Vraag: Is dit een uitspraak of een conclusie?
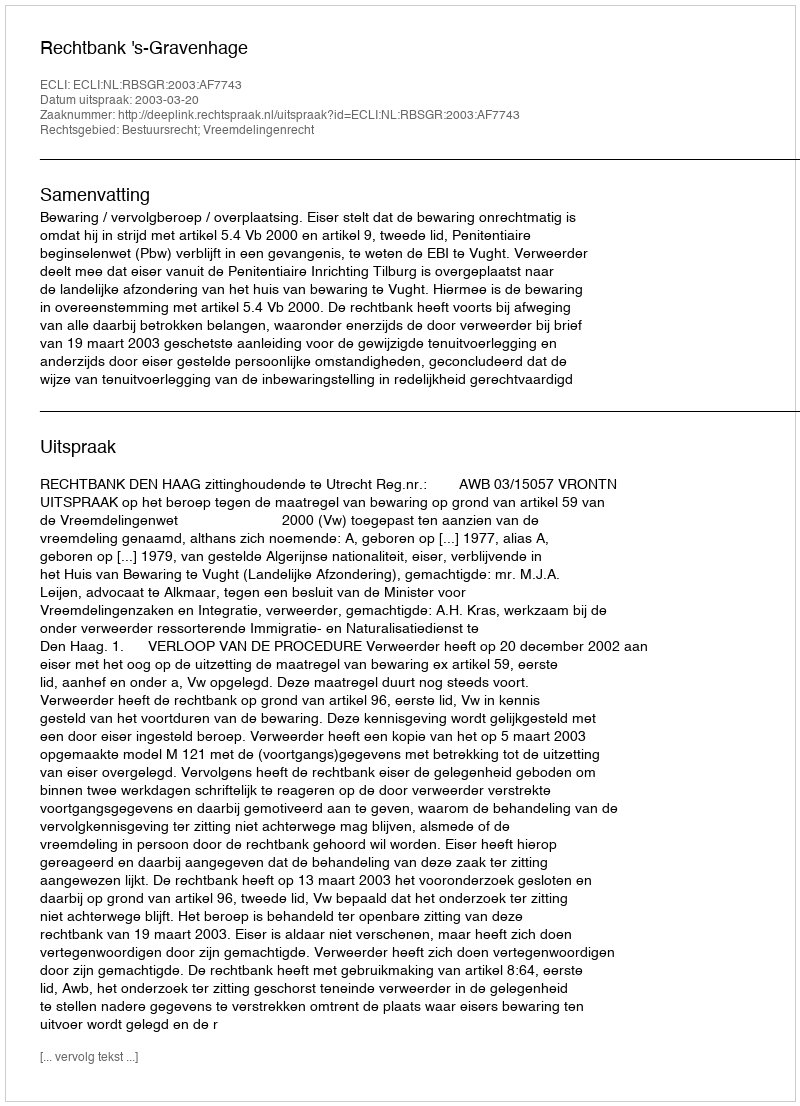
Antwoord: Uitspraak